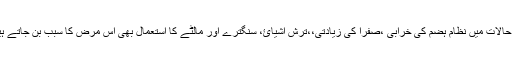
ان حالات میں نظام ہضم کی خرابی ،صفرا کی زیادتی،،ترش اشیائ، سنگترے اور مالٹے کا استعمال بھی اس مرض کا سبب بن جاتے ہیں۔